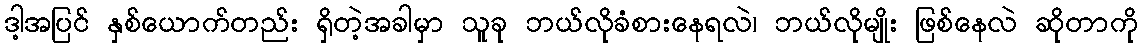
ဒါ့အပြင် နှစ်ယောက်တည်း ရှိတဲ့အခါမှာ သူခု ဘယ်လိုခံစားနေရလဲ၊ ဘယ်လိုမျိုး ဖြစ်နေလဲ ဆိုတာကို